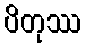
ပိတုဿ